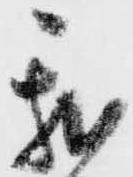
我